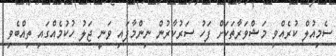
ސެމިއުލް ކުރެއްވި މަޝްވަރާތަކަށް ފަހު ސަރުކާރުން ނިންމާފައި ވަނީ ޖަލު ހުކުމެއްގައި ތިއްބެވި